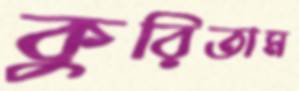
কুরিতাম